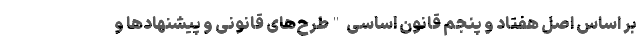
بر اساس اصل هفتاد و پنجم قانون اساسی "طرح‌های قانونی و پیشنهادها و